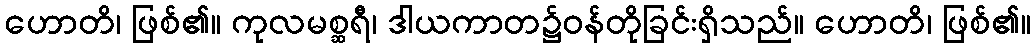
ဟောတိ၊ ဖြစ်၏။ ကုလမစ္ဆရီ၊ ဒါယကာတ၌ဝန်တိုခြင်းရှိသည်။ ဟောတိ၊ ဖြစ်၏။